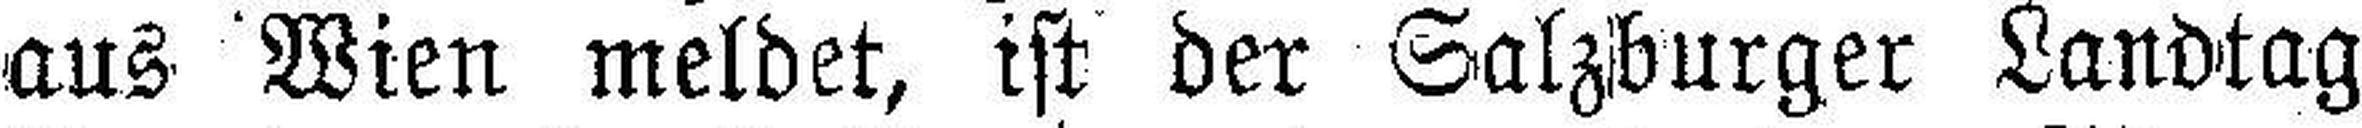
aus Wien meldet, ist der Salzburger Landtag